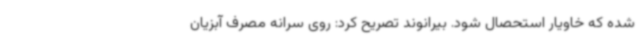
شده که خاویار استحصال شود. بیرانوند تصریح کرد: روی سرانه مصرف آبزیان